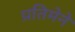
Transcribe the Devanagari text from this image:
प्रतिमेने